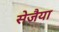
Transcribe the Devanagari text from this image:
सेजैया